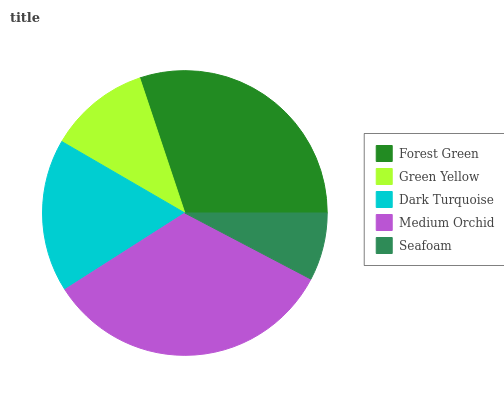
| Forest Green | Green Yellow | Dark Turquoise | Medium Orchid | Seafoam |
 | --- | --- | --- | --- | --- |
 | 30.1% | 11.5% | 17.4% | 33.3% | 7.7% |